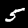
Digit: 5